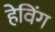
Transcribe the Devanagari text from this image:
हेविंग